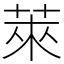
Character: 萊